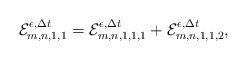
LaTeX: \begin{align*}\mathcal{E}_{m,n,1,1}^{\epsilon,\Delta t}=\mathcal{E}_{m,n,1,1,1}^{\epsilon,\Delta t}+\mathcal{E}_{m,n,1,1,2}^{\epsilon,\Delta t},\end{align*}